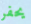
يحفر